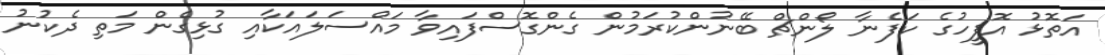
އަތޮޅު އޮފީހުގެ ކަފެނާ ލޯންޗް ބޭނުންކުރަމުން ގެންގޮސްފައިވާ މައްސަލައަކާއި ގުޅިގެން މަތި ދެކުނު